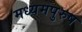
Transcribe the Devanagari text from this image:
मध्‍यमपुरुष